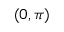
( 0 , \pi )